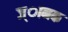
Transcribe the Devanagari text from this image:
ज्ानक